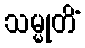
သမ္မုတိံ